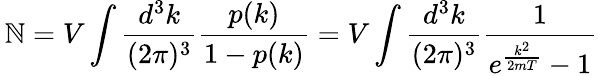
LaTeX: \, \mathbb{N}=V\int{\frac{{d^{3}k}}{{(2\pi)^{3}}}}{\frac{{p(k)}}{{1-p(k)}}}=V\int{\frac{{d^{3}k}}{{(2\pi)^{3}}}}{\frac{{1}}{{e^{\frac{{k^{2}}}{{2mT}}}-1}}}